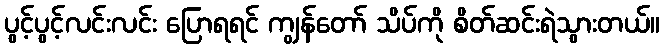
ပွင့်ပွင့်လင်းလင်း ပြောရရင် ကျွန်တော် သိပ်ကို စိတ်ဆင်းရဲသွားတယ်။